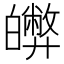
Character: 𤾵